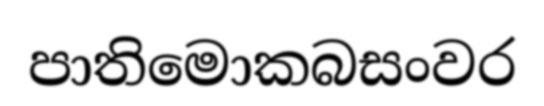
පාතිමොකබසංවර